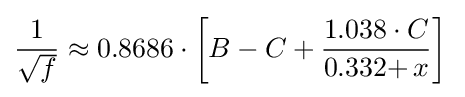
{\textstyle \displaystyle {\frac {1}{\sqrt {f}}}\approx 0.8686\cdot \left[B-C+\displaystyle {\frac {1.038\cdot C}{\mathrm {0.332+} \,x}}\right]\,}